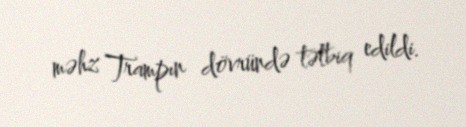
məhz Trampın dövründə tətbiq edildi.